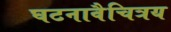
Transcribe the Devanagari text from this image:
घटनावैचित्रय